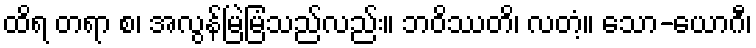
ထိရ တရာ စ၊ အလွန်မြဲမြံသည်လည်း။ ဘဝိဿတိ၊ လတံ့။ သော-ယောဂီ၊